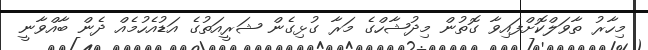
މިހާރު ތާވަލްކޮށްފައިވާ ގޮތުން މިދުޝާހްގެ މަރާ ގުޅިގެން ޝަރީއަތުގެ އަޑުއެހުމެއް ދެން ބާއްވާނީ